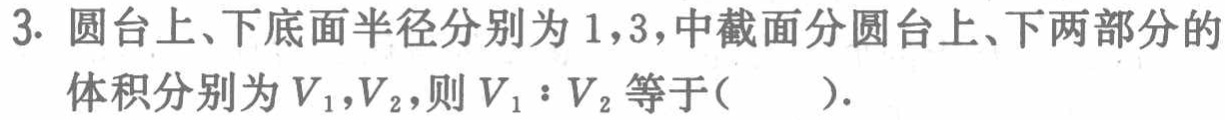
3. 圆台上、下底面半径分别为1,3，中截面分圆台上、下两部分的体积分别为\(V_{1},V_{2}\)，则\(V_{1}:V_{2}\)等于(  ).